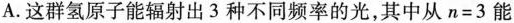
A.这群氢原子能辐射出3种不同频率的光，其中从$$n = 3$$能